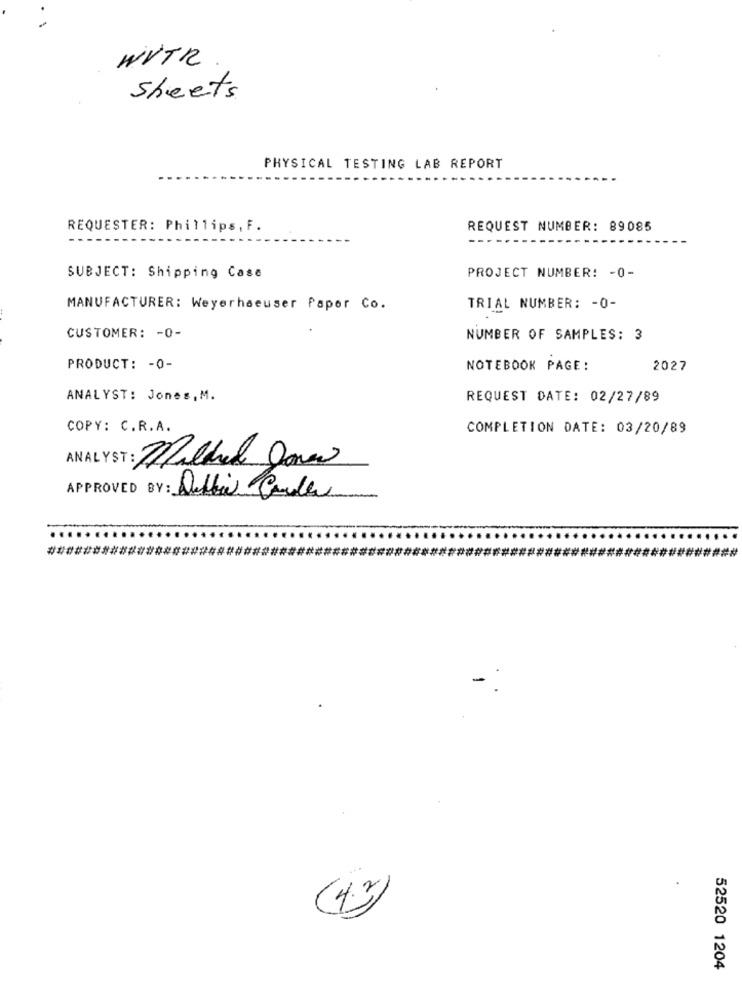
WVTR
sheets
PHYSICAL TESTING LAB REPORT
REQUESTER: Phillips , F.
REQUEST NUMBER: 89085
SUBJECT: Shipping Case
PROJECT NUMBER! - 0-
MANUFACTURER: Weyerhaeuser Paper Co.
TRIAL NUMBER: - 0-
CUSTOMER: - 0-
NUMBER OF SAMPLES: 3
PRODUCT: - 0-
NOTEBOOK PAGE:
2027
ANALYST: Jones,M.
REQUEST DATE: 02/27/89
COPY: C.R.A.
COMPLETION DATE: 03/20/89
:Mildred Done
APPROVED BY : Debbie Codes
*************** ########
4.3
52520 1204